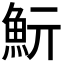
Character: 𩵧